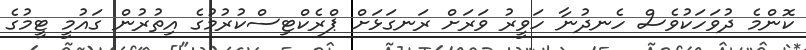
ކޮންމެ ދުވަހަކުވެސް ހެނދުނާ ހަވީރު ވަރަށް ރަނގަޅަށް ޕްރެކްޓިސްކުރުމުގެ އިތުރުން ގައުމީ ޓީމުގެ